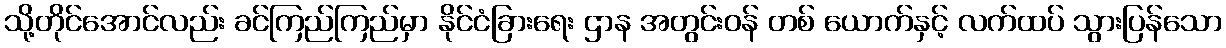
သို့တိုင်အောင်လည်း ခင်ကြည်ကြည်မှာ နိုင်ငံခြားရေး ဌာန အတွင်းဝန် တစ် ယောက်နှင့် လက်ထပ် သွားပြန်သော